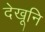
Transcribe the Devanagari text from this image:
देखूनि